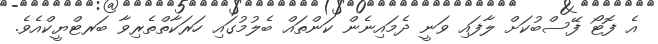
އެ ފޮޓޯ ފޭސްބުކަށް ލާފައި ވަނީ ދެމައިނެން ކަންތައް ބެލުމުގައި ހަރަކާތްތެރިވާ ބަރޓްޔީކްއެވެ.